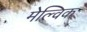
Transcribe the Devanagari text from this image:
मेल्विक